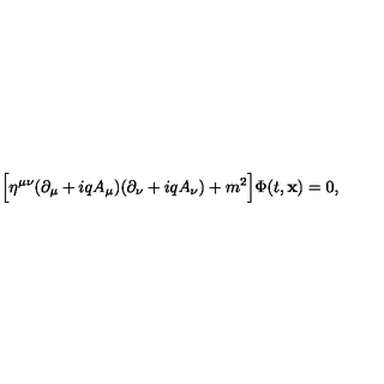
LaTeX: \Bigl [ \eta ^ { \mu \nu } ( \partial _ { \mu } + i q A _ { \mu } ) ( \partial _ { \nu } + i q A _ { \nu } ) + m ^ { 2 } \Bigr ] \Phi ( t , { \bf x } ) = 0 ,